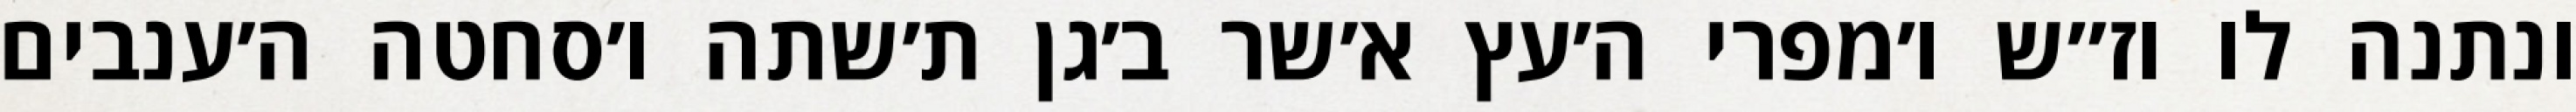
ונתנה לו וז״ש ו׳מפרי ה׳עץ א׳שר ב׳גן ת׳שתה ו׳סחטה ה׳ענבים